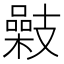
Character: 𢻥